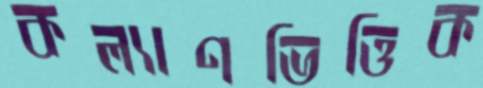
কল্যাণভিত্তিক